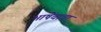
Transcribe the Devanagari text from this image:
भाषेचाचा